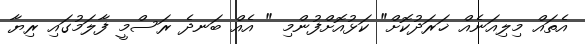
އެތައް މިލިއަނެއް ޚަރަދުކޮށް" ކަޅުއޮށްފުންމި " އެއް ބަނދެ ރަސްމީ ފާލަމުގައި ރިޔާ